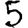
Digit: 5